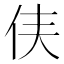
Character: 𫢑